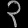
Digit: ၃